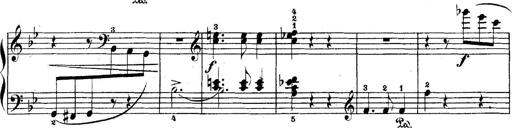
Title: 5 Sonatinas
Composer: Theodor Kirchner